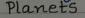
Planets